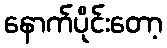
နောက်ပိုင်းတော့